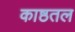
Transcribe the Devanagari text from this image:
काष्ठतल